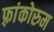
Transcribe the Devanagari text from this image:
फ़्रांकोरुम